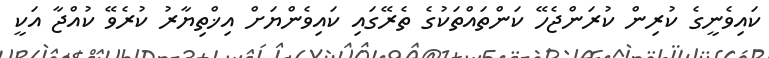
ކައިވެނީގެ ކުރިން ކުރަންޖެހޭ ކަންތައްތަކުގެ ތެރޭގައި ކައިވެންޔަށް އިޚްތިޔާރު ކުރެވޭ ކުއްޖާ އަކީ